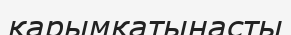
қарымқатынасты